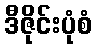
ဒီဇိုင်းပုံစံ